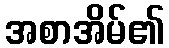
အစာအိမ်၏